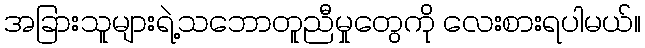
အခြားသူများရဲ့သဘောတူညီမှုတွေကို လေးစားရပါမယ်။